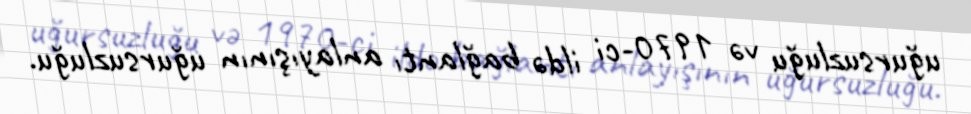
uğursuzluğu və 1970-ci ildə bağlantı anlayışının uğursuzluğu.